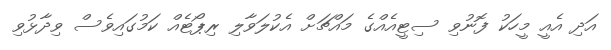
އަދި އެއީ މީހަކު ފޮނުވި ސިޓީއެއްގެ މައްޗަށް އެކުލަވާލި ރިޕޯޓެއް ކަމުގައިވެސް ވިދާޅުވި